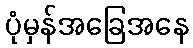
ပုံမှန်အခြေအနေ